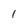
Character: I